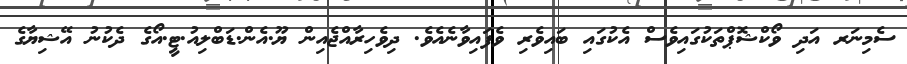
ސެމިނަރ އަދި ވޯކްޝޮޕްތަކުގައިވެސް އެކުގައި ބައިވެރި ވެފައިވާނެއެވެ. ދިވެހިރާއްޖެއިން ޔޫ.އެން.ޑަބްލިއު.ޓީ.އޯގެ ދެކުނު އޭޝިޔާގެ